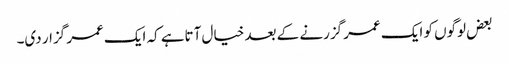
بعض لوگوں کو ایک عمر گزرنے کے بعد خیال آتاہے کہ ایک عمر گزار دی۔